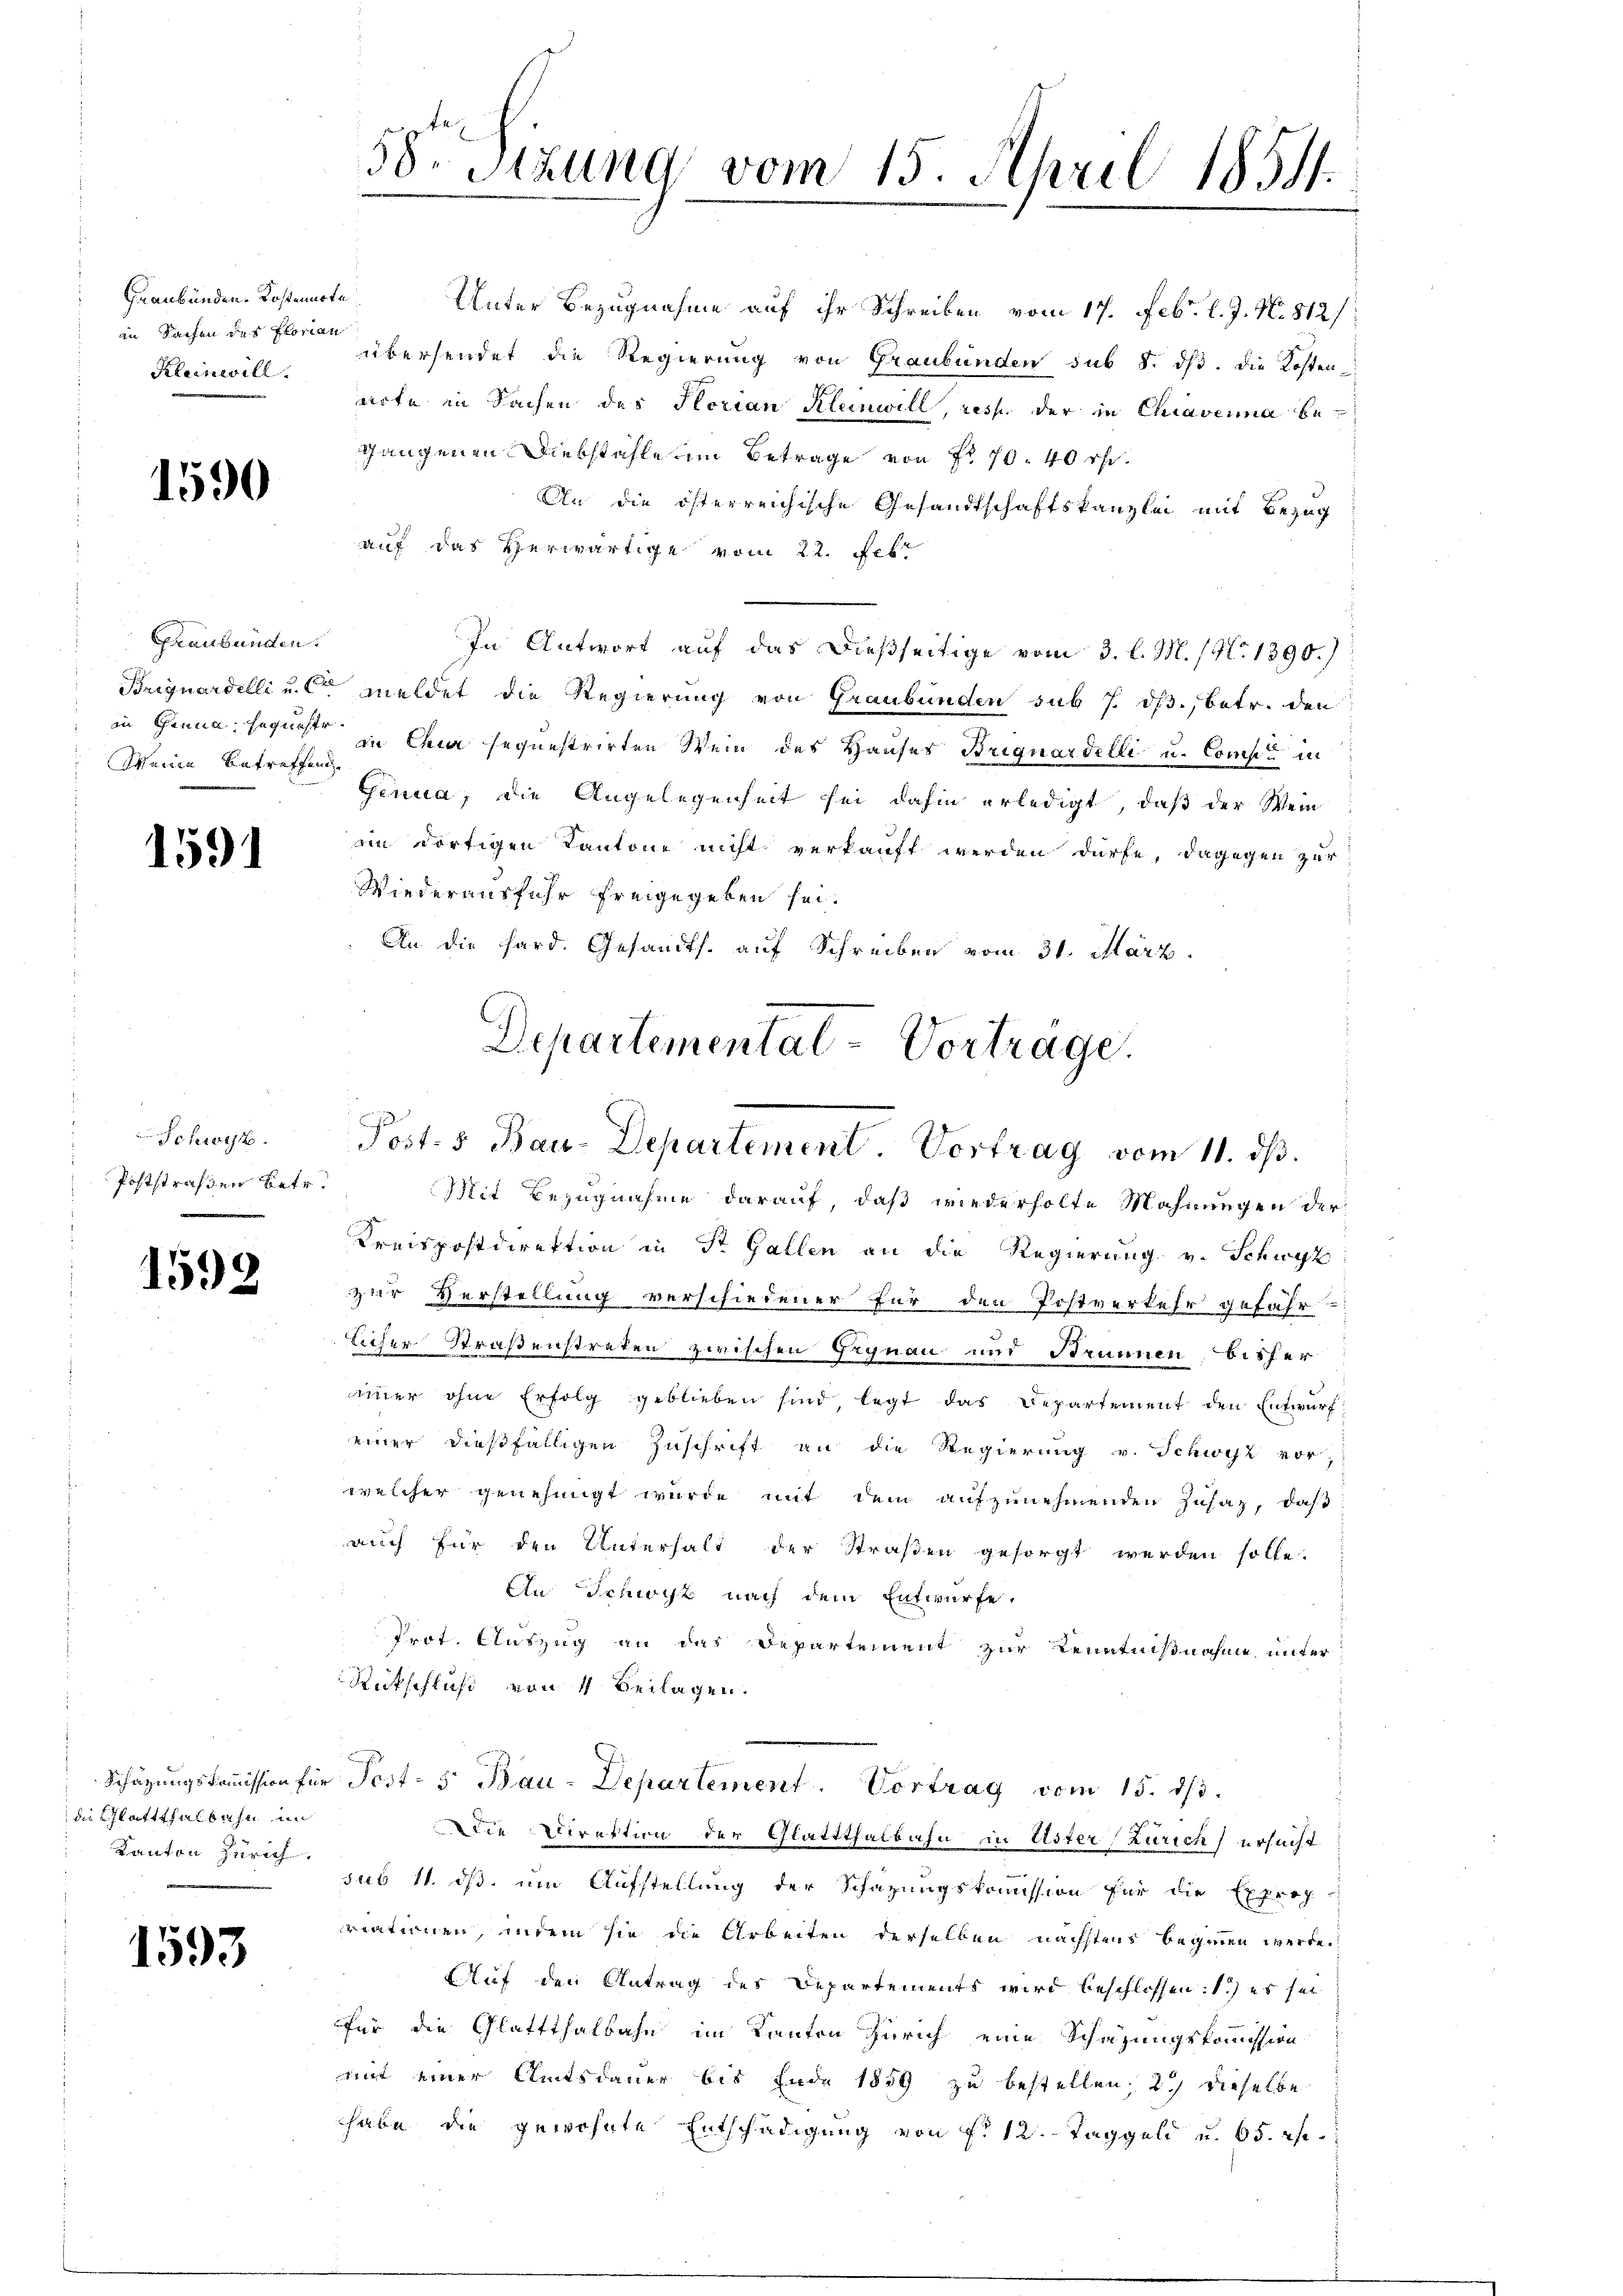
Graubünden. Kostennote
in Sachen das Florian
Kleinwill.

1590

Graubünden.
Weinen Betreffende

1591

Sekret
Poststraßen betr.

1592

die Glattthalbahn im
Kanton Zürich.

1593

58. Sitzung vom 15. April 1851.

auf das Verwärtige vom 22. Feb.
In Antwort auf das Dießseitige vom 3. l. M. / No. 1390.)
Briguardelli u. meldet die Regierung von Graubünden sub 7. ds., betr. den
in Genua, sagenste in Chur seguestrirten Wein des Hauses Briguardelli u. Comp. in
Genua, die Angelegenheit sei dahin erledigt, daß der Wein
im dortigen Kantone nicht verkauft werden dürfe, dagegen zur
Wiederausfuhr freigegeben sei.
An die Sard. Gesandts. auf Schreiben vom 31. März
Mit Bezugnahme darauf, daß wiederholte Mahnungen der
Kreispostdirektion in St. Gallen an die Regierung v. Schwyz
zur Verstellung verschiedener für den Postverkehr gefähr-
licher Straßenstreten zwischen Grynau und Brunnen, bisher
immer ohne Erfolg geblieben sind, legt das Departement den Entwurf
einer dießfälligen Zuschrift an die Regierung v. Schwyz vor,
welcher genehmigt wurde mit dem aufzunehmenden Zusaz, daß
auch für den Unterhalt der Straßen gesorgt werden solle.
An Schwyz nach dem Entwürfe.
Prot. Auszug an das Departement zur Kenntnißnahme unter
Rütschluß von 4 Beilagen.
Schätzungskommission für Post- 5. Bau-Departement. Vortrag vom 15. ds.
DDie Direktion der Glattthalbahn in Uster, Zürich) ersucht
sub 11. ds. um Aufstellung der Schazungskommission für die Expert
riationen, indem sie die Arbeiten derselben nächstens beginnen werde.
Auf den Antrag des Departements wird beschlossen: 1.) es sei
für die Glattthalbahn im Kanton Zürich eine Schazungskommission
mit einer Amtsdauer bis Ende 1859 zu bestellen, 2) dieselbe
habe die gewohnte Entschädigung von f. 12. Taggeld u. 65. re

Departemental-Vorträge.
Post.s Bau-Departement. Vortrag vom 11. dβ.

Unter Bezugnahme auf ihr Schreiben vom 17. Febr. l. J. N. 812/
übersendet die Regierung von Graubünden sub 8. dβ. die Kosten-
arte in Sachen des Horian Kleinwill, resp. der in Chiaverna be¬
Gangenen Diebstahle um Betrage von Fr. 70. 40 rp.
An die öfterreichische Gesandtschaftskanzlei mit Bezug